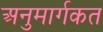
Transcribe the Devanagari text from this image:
अनुमार्गकत